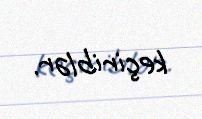
keçiriblər.